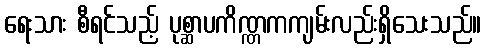
ရေးသား စီရင်သည့် ပုစ္ဆာပကိဏ္ဏကကျမ်းလည်းရှိသေးသည်။